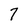
Character: 7